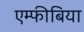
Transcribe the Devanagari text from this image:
एम्फीबिया